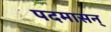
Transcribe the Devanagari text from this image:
पदमासन्